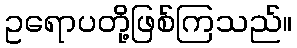
ဥရောပတို့ဖြစ်ကြသည်။